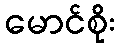
မောင်စိုး